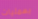
بعمليات